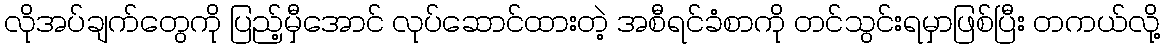
လိုအပ်ချက်တွေကို ပြည့်မှီအောင် လုပ်ဆောင်ထားတဲ့ အစီရင်ခံစာကို တင်သွင်းရမှာဖြစ်ပြီး တကယ်လို့